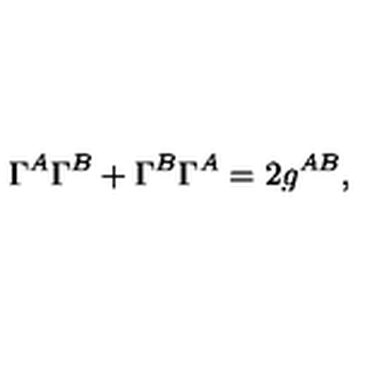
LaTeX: \Gamma ^ { A } \Gamma ^ { B } + \Gamma ^ { B } \Gamma ^ { A } = 2 g ^ { A B } ,